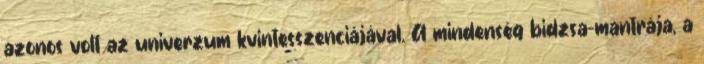
azonos volt az univerzum kvintesszenciájával. A mindenség bidzsa-mantrája, a